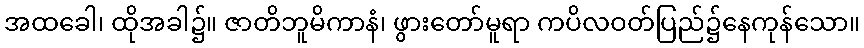
အထခေါ၊ ထိုအခါ၌။ ဇာတိဘူမိကာနံ၊ ဖွားတော်မူရာ ကပိလဝတ်ပြည်၌နေကုန်သော။